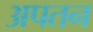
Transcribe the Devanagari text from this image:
अपतन